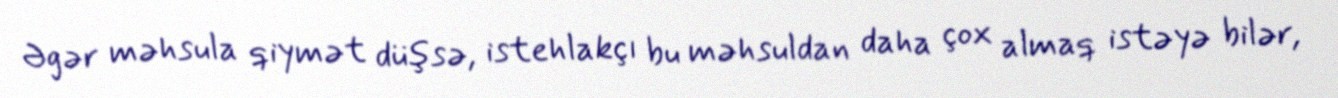
Əgər məhsula qiymət düşsə, istehlakçı bu məhsuldan daha çox almaq istəyə bilər,